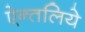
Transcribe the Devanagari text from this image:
ऐन्तलिये